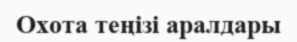
Охота теңізі аралдары